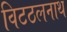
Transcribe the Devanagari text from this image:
विटठलनाथ